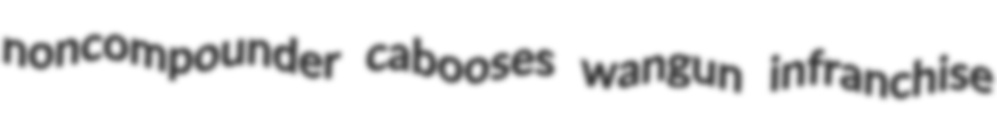
noncompounder cabooses wangun infranchise